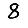
Digit: 8